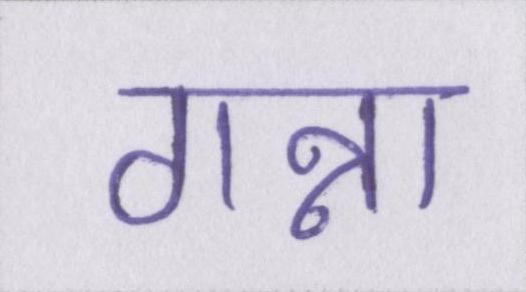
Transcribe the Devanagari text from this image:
गन्ना